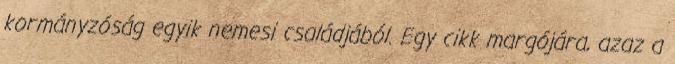
kormányzóság egyik nemesi családjából. Egy cikk margójára, azaz a